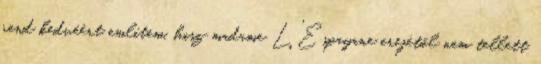
rend kedvéért említem, hisz madame L'Espayane erejétől nem tellett